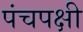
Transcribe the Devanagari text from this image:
पंचपक्षी